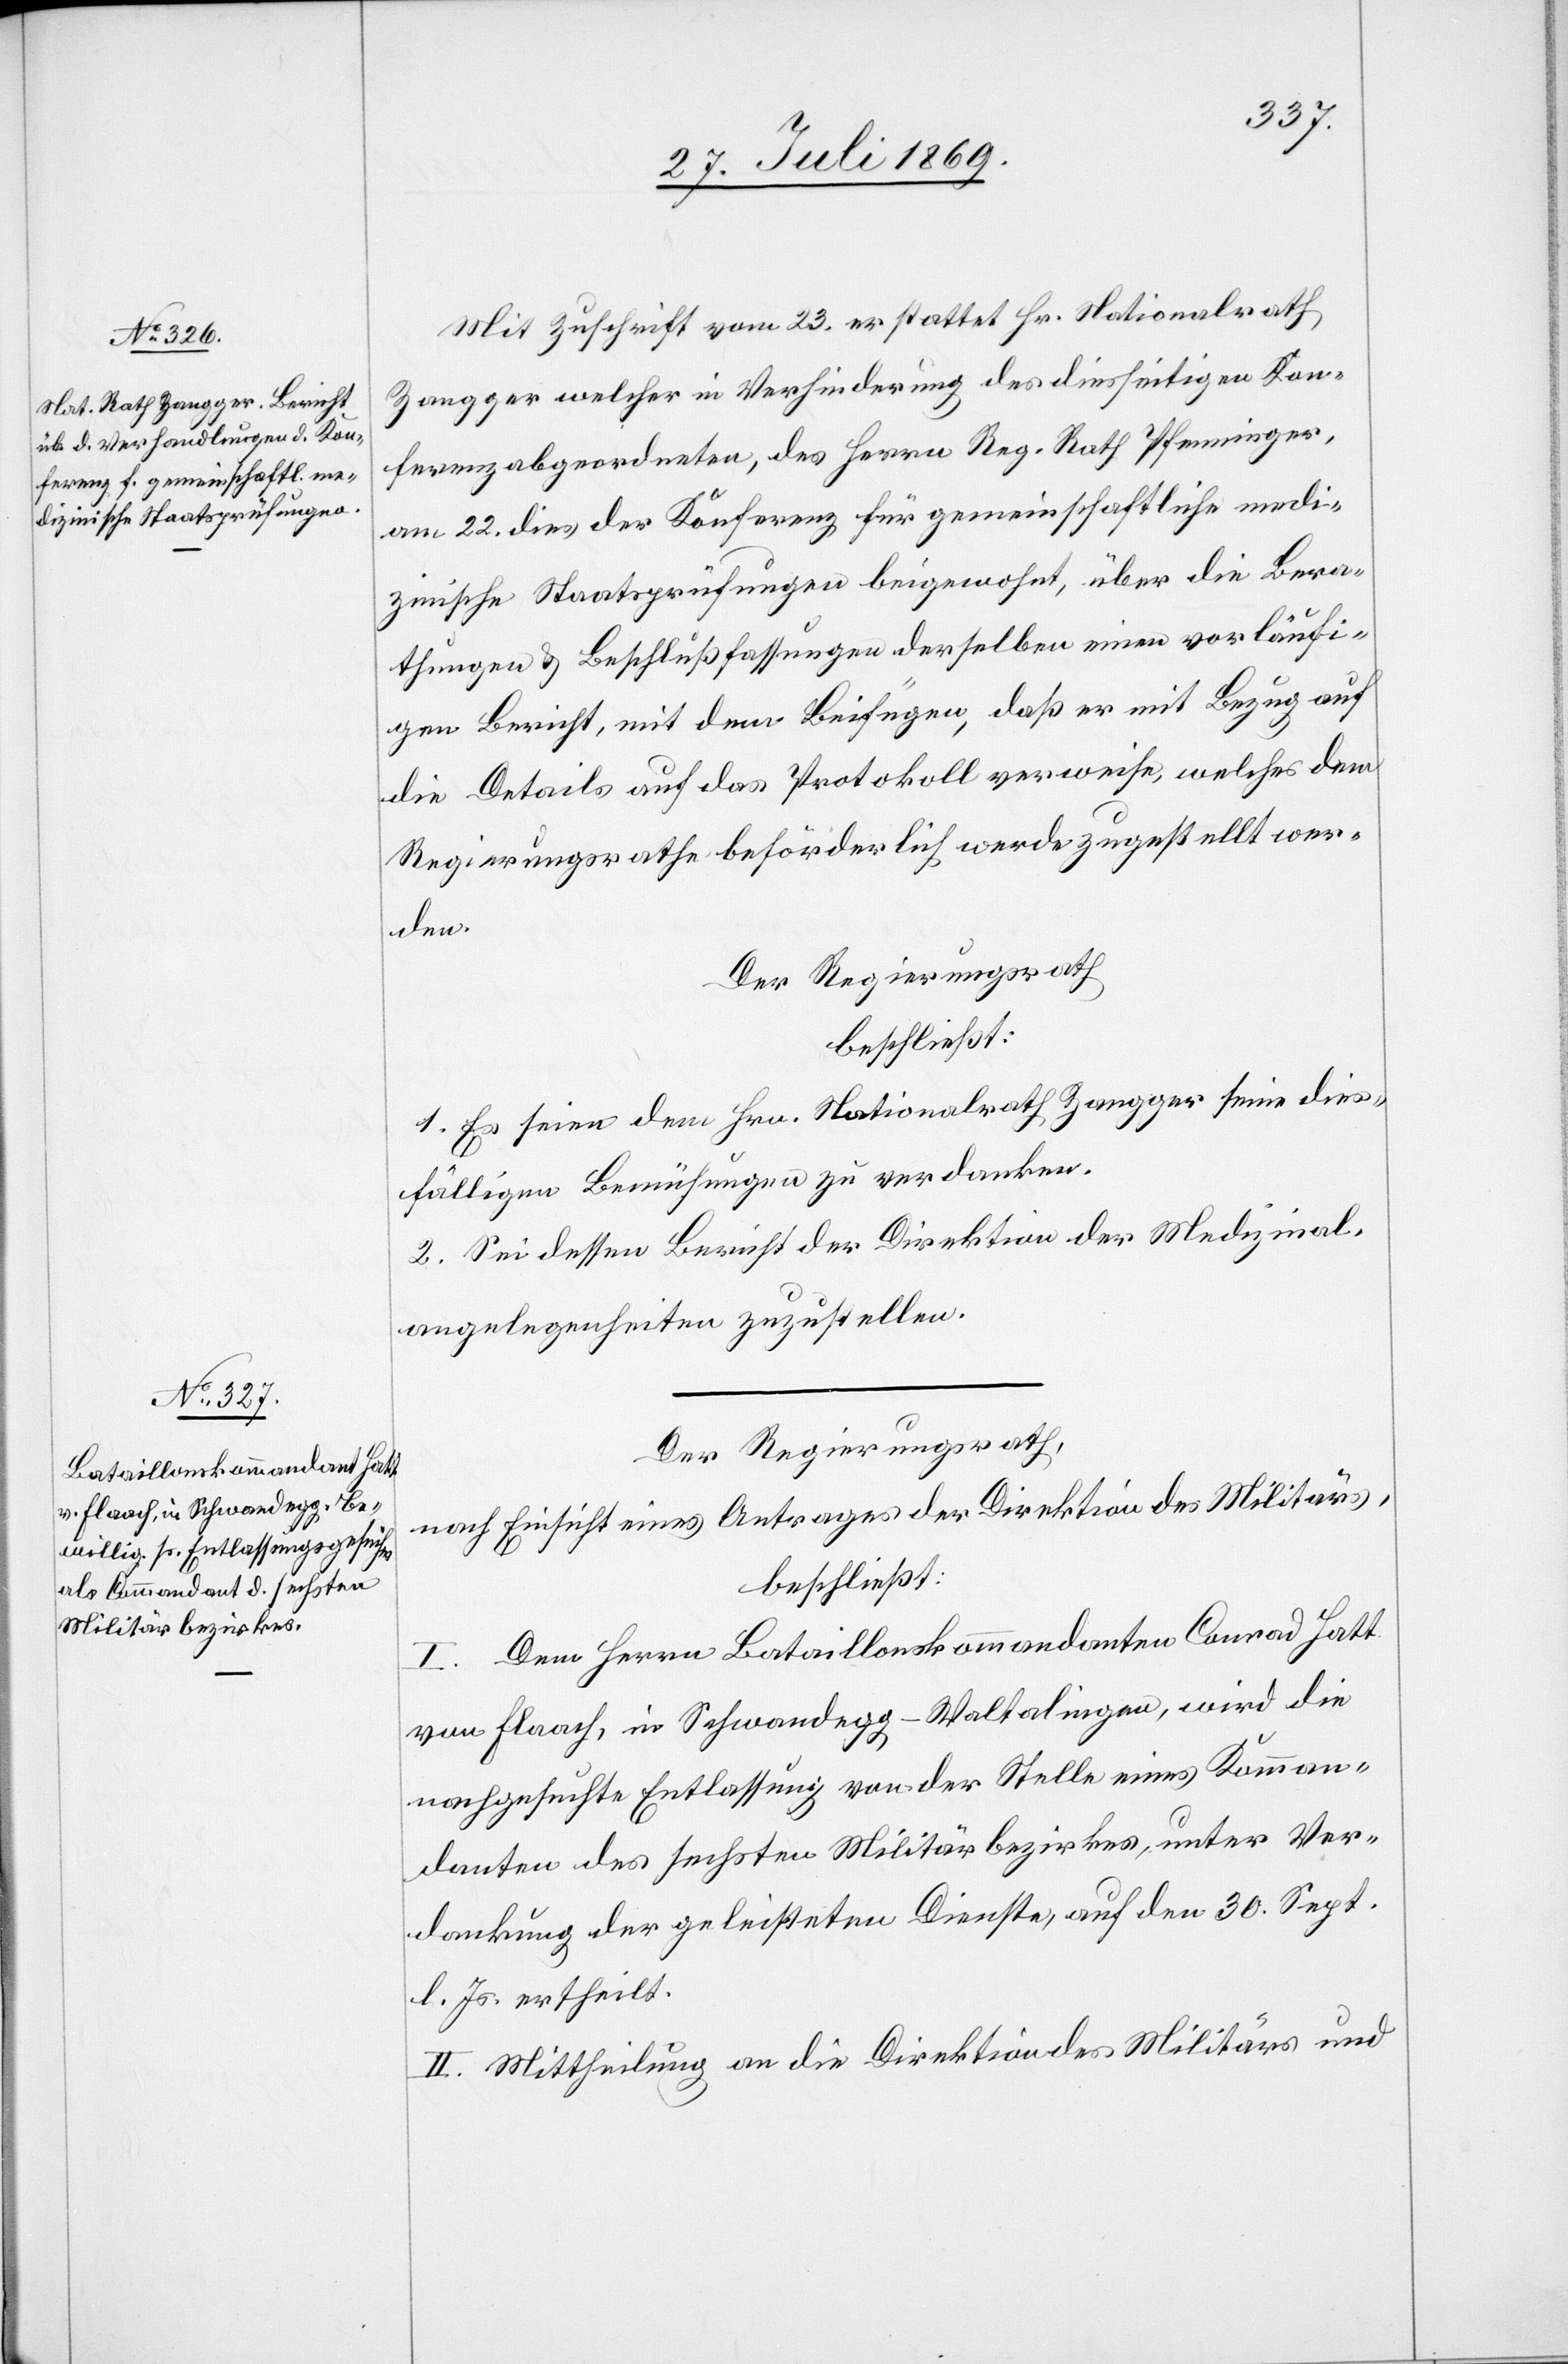
Mit Zuschrift vom 23. erstattet Hr. Nationalrath
Zangger welcher in Verhinderung des diesseitigen Kon¬
ferenzabgeordneten, des Herrn Reg. Rath Pfenninger,
am 22 dies der Konferenz für gemeinschaftliche medi¬
zinische Staatsprüfungen beigewohnt, über die Bera¬
thungen u. Beschlußfassungen derselben einen vorläufi¬
gen Bericht, mit dem Beifügen, daß er mit Bezug auf
die Details auf das Protokoll verweise, welches dem
Regierungsrathe beförderlich werde zugestellt wer¬
den.
Der Regierungsrath
beschließt:
1. Es seien dem Hrn. Nationalrath Zangger seine dies¬
fälligen Bemühungen zu verdanken.
2. Sei dessen Bericht der Direktion der Medizinal¬
angelegenheiten zuzustellen.
Der Regierungsrath,
nach Einsicht eines Antrages der Direktion des Militärs,
beschließt:
I. Dem Herrn Bataillonskommandanten Conrad Hatt
von Flaach, in Schwandegg-Waltalingen, wird die
nachgesuchte Entlassung von der Stelle eines Komman¬
danten des sechsten Militärbezirkes, unter Ver¬
dankung der geleisteten Dienste, auf den 30 Sept.
l. Js. ertheilt.
II. Mittheilung an die Direktion des Militärs und